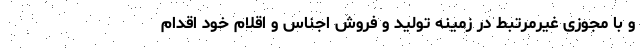
و با مجوزی غیرمرتبط در زمینه تولید و فروش اجناس و اقلام خود اقدام